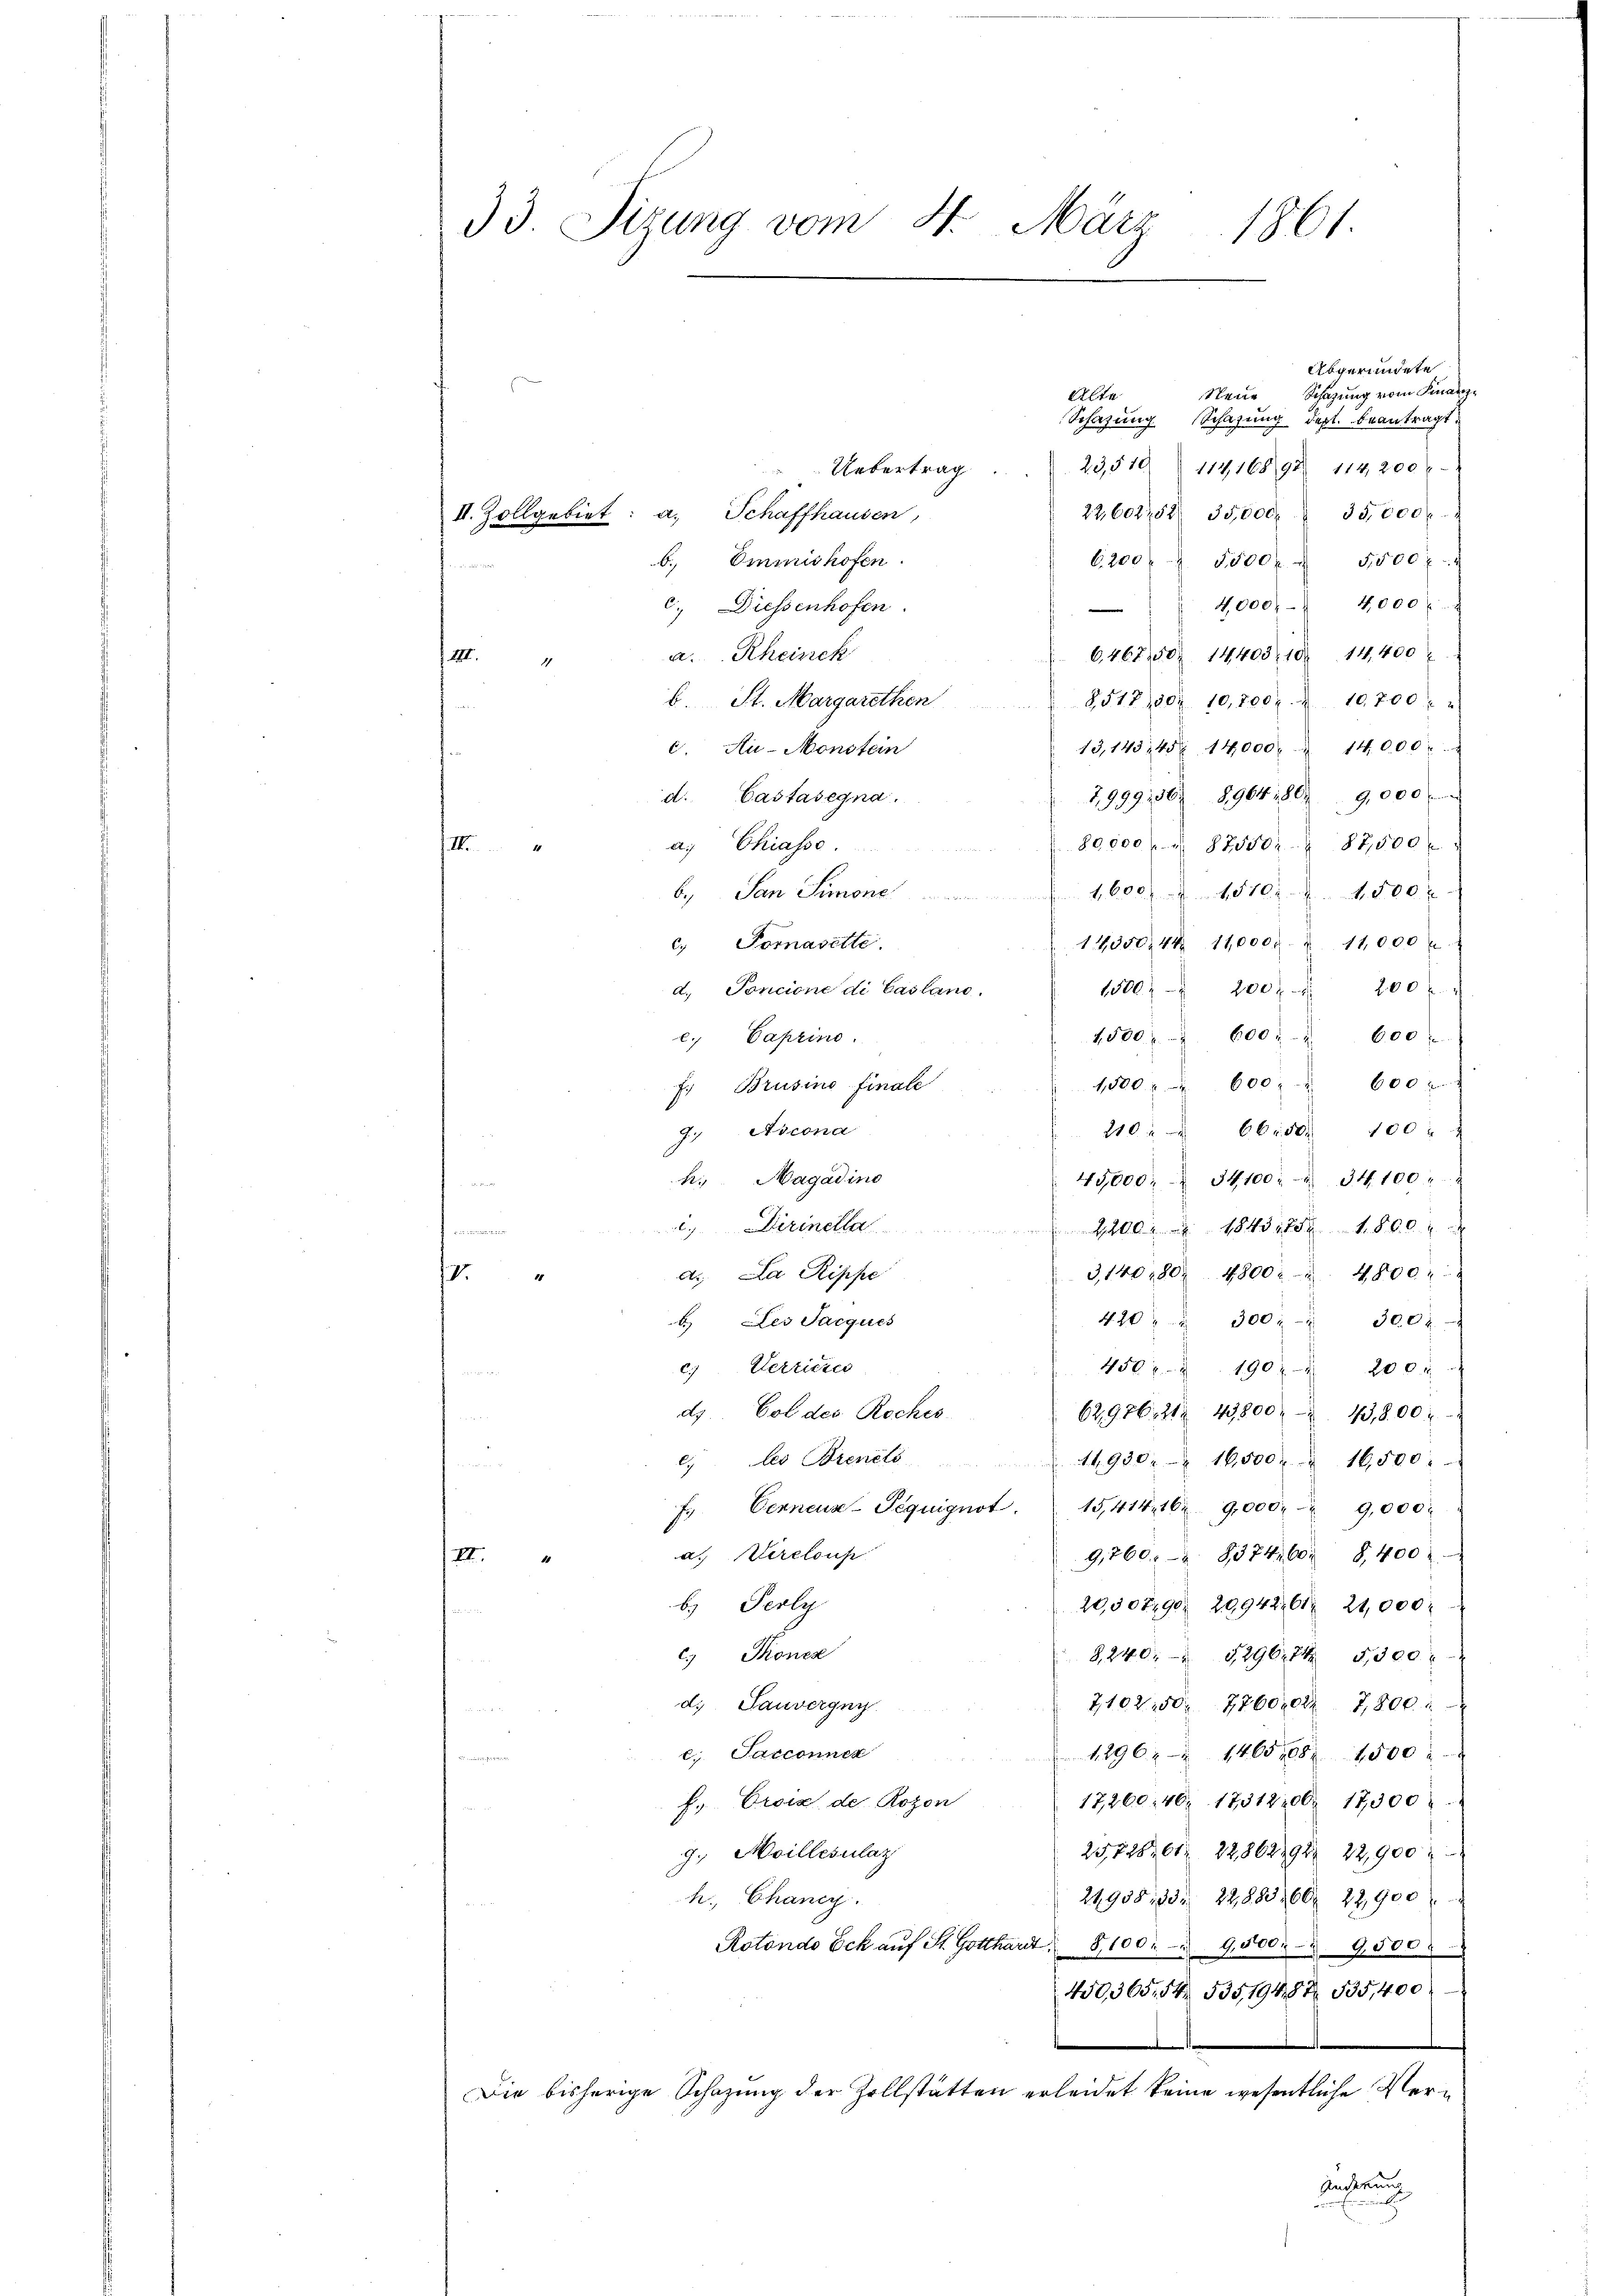
33. Sizung vom 4. März
1861

Abgerundete
Schazung vom Finanz¬
Neue
Alte
Schazung Schazung dest. beantragt.
23,510.
114, 16898 114, 200
Uebertrag
22,602,52 35,000. 35,000 l.
II. Zollgebiet: a. Schaffhausen,
6,200 f 5000f " 5500 x
b. Emmnishofen.

4,000. 4000 f
c.) Diessenhofen.

a. Rheinck
6,46750. 14403. 10. 14,400
 III.
1
b. St. Margarethen  8517, 802. 10,700 l. u. 10,700
13,143/45x 14,000 - 14000 r.
c. Au-Monstein
7,999106. 8964. 80. 9000 f
d. Castasegna
80,000 " " 87550. 87,500
a; Chiasse.
III.
1
1,600 " 1510. 1500
b. San Simone
14350. 44 11,0000. u 11,000
c. Tomasette.
1500 f 200 f 200 f
d. Poncione di Casland
1,500 " 600 " " 600
e. Paprino.
1,500 " " 600 " " 600 x
Brusine finale
E
21066 80. 100
7. Ascona
h. Magadino
45,000 : " 34,100. 34100 "
c. Dirinella 2200. 1843 1781. 800.
e
3,140, 80. 4800. 4800
dt. La Rippe
s
420 " " 300 " " 300 l.
b. Les Jacques
450. u 190 f 200 x
c) Verrietes
d. Col des Roches
62976. 212 49800. 43,800 u
les Brenels
11930. 16,500 x  16,500.
.
)
f. Verneuz-Peguignot. 15,414, 1629,000. u 9,000
a. Vereloup
9,260. 837460 8,400
XII.
b. Perly
20,507,90 20942, 61 21,000
C. Thonen
8,240, " 5296. 74 5,500 r
d. Sauvergny
7102150. 7760802 7,800
und d
c. Sacconner
1296. 1465. 68. 1500
17,26040. 1731200. 17,000
f. Croix de Rozon
25,725, 61. 22862794. 22,900
g. Moillesulat
21938. 33. 22,883, 60. 22,900
h. Chancy
Rotondo Eck auf St. Gotthardt. 8100. u 9,500 " 9,500
450,365. 54 535,1948 535,40
Die bisherige Schazung der Zollstätten erleidet keine wesentliche Ver¬
Änderung
E